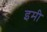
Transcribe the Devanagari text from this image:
इमी